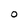
Character: O